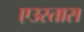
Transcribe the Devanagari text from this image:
एउस्तास